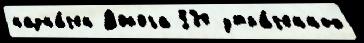
назна́чен Дорога 534 утра́ченных